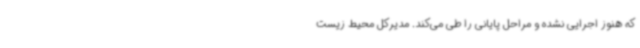
که هنوز اجرایی نشده و مراحل پایانی را طی می‌کند. مدیرکل محیط زیست